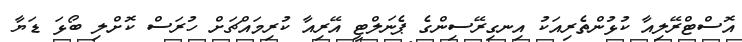
އޮސްޓްރޭލިއާ ކުޅުންތެރިއަކު އިނގިރޭސިންގެ ޕެނަލްޓީ އޭރިއާ ކުރިމައްޗަށް ހުރަސް ކޮށްލި ބޯޅަ ޑަޔާ